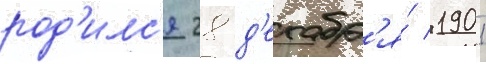
род'илс'я 28 д'екабр'я́ 1901